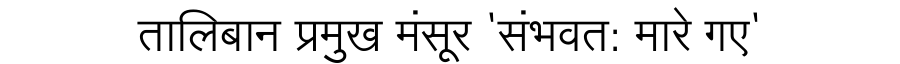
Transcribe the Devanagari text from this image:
तालिबान प्रमुख मंसूर 'संभवत: मारे गए'